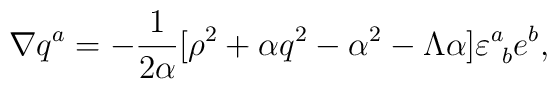
\nabla q^{a} = -{1 \over 2{\alpha} } [\rho^{2} +\alpha q^{2}- \alpha^{2} - \Lambda \alpha] \varepsilon^{a}_{\ b} e^{b},